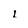
Character: 1